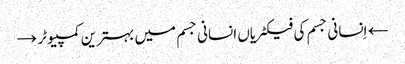
← اِنسانی جسم کی فیکٹریاں انسانی جسم میں بہترین کمپیوٹر →